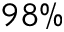
9 8 \%